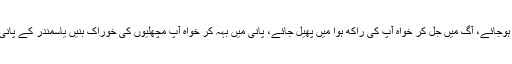
مٹی میں مل کر آپ کا ایک ایک ذرہ بھی اگر منتشر ہوجائے، آگ میں جل کر خواہ آپ کی راکھ ہوا میں پھیل جائے، پانی میں بہہ کر خواہ آپ مچھلیوں کی خوراک بنیں یاسمندر کے پانی میں گھل جائیں، ہر جگہ سے خدا آپ کو پکڑلے گا۔